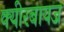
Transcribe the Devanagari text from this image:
क्यीरबायज